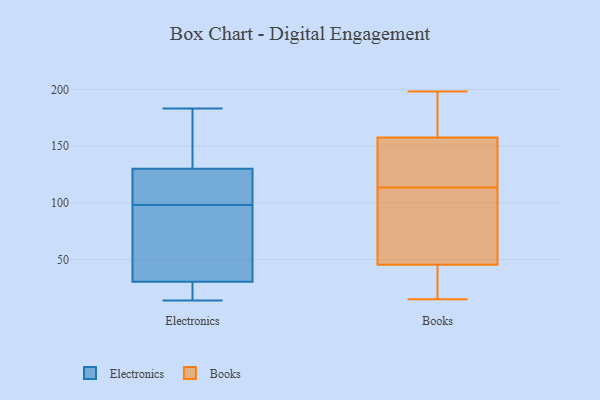
{"axis": {"x": "Satisfaction Score", "y": "Value"}, "legend": ["Books", "Electronics"], "data": [{"x": "", "y": 112, "type": "Electronics"}, {"x": "", "y": 90, "type": "Electronics"}, {"x": "", "y": 109, "type": "Electronics"}, {"x": "", "y": 19, "type": "Electronics"}, {"x": "", "y": 101, "type": "Electronics"}, {"x": "", "y": 29, "type": "Electronics"}, {"x": "", "y": 43, "type": "Electronics"}, {"x": "", "y": 123, "type": "Electronics"}, {"x": "", "y": 31, "type": "Electronics"}, {"x": "", "y": 14, "type": "Electronics"}, {"x": "", "y": 67, "type": "Electronics"}, {"x": "", "y": 23, "type": "Electronics"}, {"x": "", "y": 183, "type": "Electronics"}, {"x": "", "y": 176, "type": "Electronics"}, {"x": "", "y": 151, "type": "Electronics"}, {"x": "", "y": 98, "type": "Electronics"}, {"x": "", "y": 168, "type": "Electronics"}, {"x": "", "y": 198, "type": "Books"}, {"x": "", "y": 49, "type": "Books"}, {"x": "", "y": 186, "type": "Books"}, {"x": "", "y": 125, "type": "Books"}, {"x": "", "y": 125, "type": "Books"}, {"x": "", "y": 102, "type": "Books"}, {"x": "", "y": 135, "type": "Books"}, {"x": "", "y": 64, "type": "Books"}, {"x": "", "y": 28, "type": "Books"}, {"x": "", "y": 15, "type": "Books"}, {"x": "", "y": 136, "type": "Books"}, {"x": "", "y": 42, "type": "Books"}, {"x": "", "y": 42, "type": "Books"}, {"x": "", "y": 179, "type": "Books"}, {"x": "", "y": 181, "type": "Books"}, {"x": "", "y": 60, "type": "Books"}]}